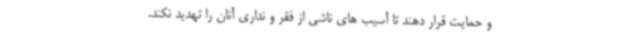
و حمایت قرار دهند تا آسیب های ناشی از فقر و نداری آنان را تهدید نکند.